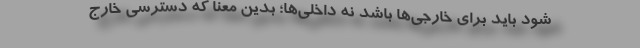
شود باید برای خارجی‌ها باشد نه داخلی‌ها؛ بدین معنا که دسترسی خارج